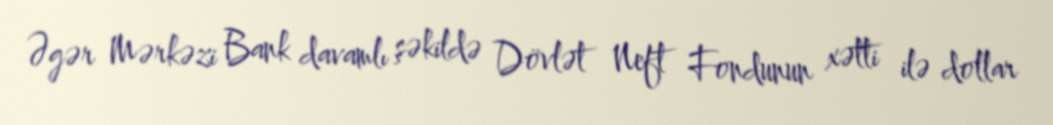
Əgər Mərkəzi Bank davamlı şəkildə Dövlət Neft Fondunun xətti ilə dollar